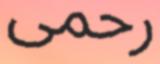
رحمى